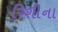
રિશીના